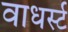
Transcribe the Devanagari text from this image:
वाधर्स्ट